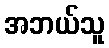
အဘယ်သူ